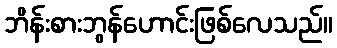
ဘိန်းစားဘွန်ဟောင်းဖြစ်လေသည်။